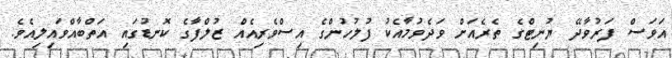
އަވަސް ފަރުވާދޭ ޔުނިޓްގެ ތެރެއަށް ވަދެވުމާއެކު ފުލުހުންގެ އިސްވެރިއެއް ޒުލްފާގެ ކޮނޑުގައި އަތްބާއްވައިލިއެވެ.